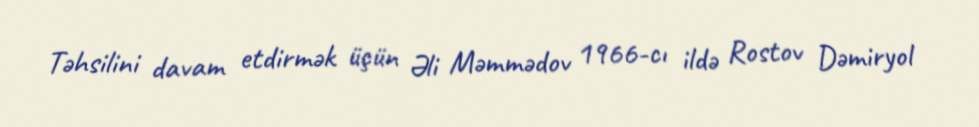
Təhsilini davam etdirmək üçün Əli Məmmədov 1966-cı ildə Rostov Dəmiryol